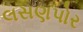
લસણપોર